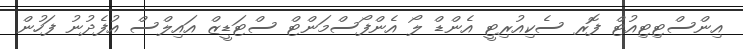
އިންސްޓިޓިއުޓް ފޮރ ސެކިއުރިޓީ އެންޑް ލޯ އެންފޯސްމަންޓް ސްޓަޑީޒް އައިލްސް އުފެދުނު ފަހުން